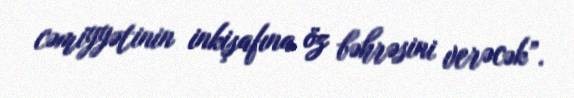
cəmiyyətinin inkişafına öz bəhrəsini verəcək”.